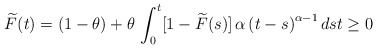
\begin{align*}\widetilde{F}(t)=(1-\theta)+\theta\,\int_{0}^{t}[1-\widetilde{F}(s)]\,\alpha\left( t-s\right) ^{\alpha-1}dst\geq0\end{align*}